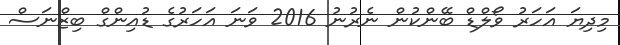
މިދިޔަ އަހަރު ވޯލްޑް ބޭންކުން ނެރުނު 2016 ވަނަ އަހަރުގެ ޑުއިންގް ބިޒްނަސް